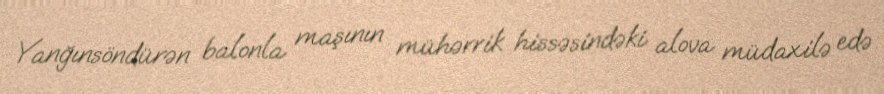
Yanğınsöndürən balonla maşının mühərrik hissəsindəki alova müdaxilə edə